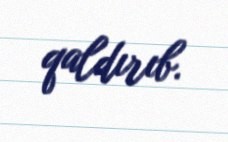
qaldırıb.